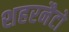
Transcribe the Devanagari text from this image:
शहरनैटो